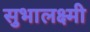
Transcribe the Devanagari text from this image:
सुभालक्ष्मी